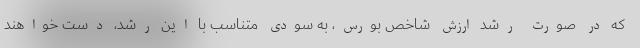
که در صورت رشد ارزش شاخص بورس، به سودی متناسب با این رشد، دست خواهند